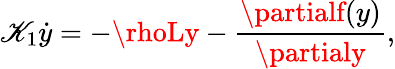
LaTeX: \mathscr{K}_{1}\dot{{y}}=-\rhoLy-\frac{{\partialf(y)}}{{\partialy}},